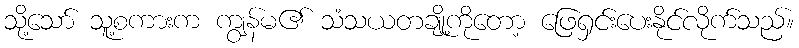
သို့သော် သူ့စကားက ကျွန်မ၏ သံသယတချို့ကိုတော့ ဖြေရှင်းပေးနိုင်လိုက်သည်။